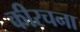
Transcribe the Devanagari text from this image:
कीरचना